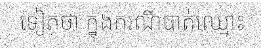
ទៀតថា ក្នុងករណីបាត់ឈ្មោះ